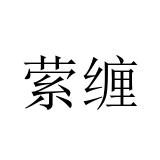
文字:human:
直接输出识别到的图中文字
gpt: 萦缠